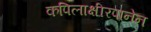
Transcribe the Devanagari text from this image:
कपिलाक्षीरपानेन